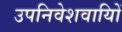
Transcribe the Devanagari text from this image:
उपनिवेशवायिों